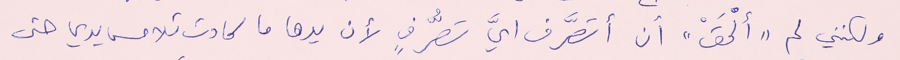
ولكنني لم "ألْحَقْ" أن أتصرَّف أيَّ تصرُّفٍ لأن يدها ما كادت تلامسها يدي حتى